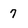
Character: 7